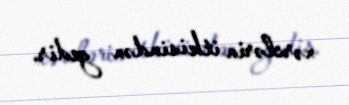
xərclərin itkisindən gedir.